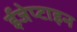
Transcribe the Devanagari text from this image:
ईजेप्टाइन